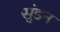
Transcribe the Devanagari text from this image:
सुंडन